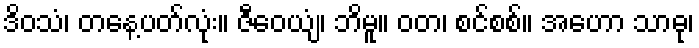
ဒိဝသံ၊ တနေ့ပတ်လုံး။ ဇီဝေယျံ၊ ဘိမူ။ ဝတ၊ စင်စစ်။ အဟော သာဓု၊